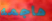
هاجمه